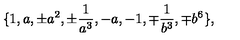
\{ 1 , a , \pm a ^ { 2 } , \pm \frac { 1 } { a ^ { 3 } } , - a , - 1 , \mp \frac { 1 } { b ^ { 3 } } , \mp b ^ { 6 } \} ,